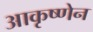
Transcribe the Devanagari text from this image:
आकृष्णेन